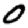
Digit: 0